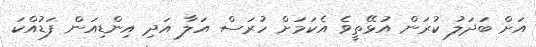
އަށް ބަދަލު ކުރަން އުޅޭތީވެ އެކަމަށް ހުރަސް އަލާ އަދި އިންޑިއަން ފަޑުއްކަ